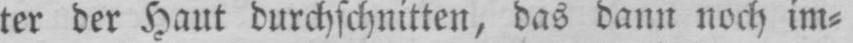
ter der Haut durchschnitten, das dann noch im⸗